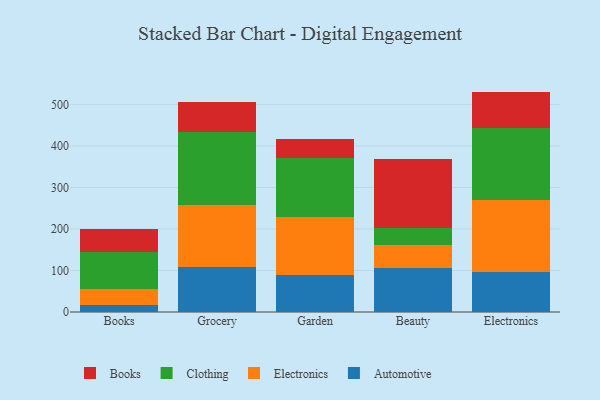
{"axis": {"x": "Category", "y": "Budget (USD K)"}, "legend": ["Automotive", "Books", "Clothing", "Electronics"], "data": [{"x": "Books", "y": 16.1, "type": "Automotive"}, {"x": "Books", "y": 38.5, "type": "Electronics"}, {"x": "Books", "y": 89.1, "type": "Clothing"}, {"x": "Books", "y": 56.2, "type": "Books"}, {"x": "Grocery", "y": 107.9, "type": "Automotive"}, {"x": "Grocery", "y": 148.7, "type": "Electronics"}, {"x": "Grocery", "y": 177.8, "type": "Clothing"}, {"x": "Grocery", "y": 70.6, "type": "Books"}, {"x": "Garden", "y": 89.5, "type": "Automotive"}, {"x": "Garden", "y": 138.4, "type": "Electronics"}, {"x": "Garden", "y": 143.1, "type": "Clothing"}, {"x": "Garden", "y": 45.4, "type": "Books"}, {"x": "Beauty", "y": 105.9, "type": "Automotive"}, {"x": "Beauty", "y": 54.6, "type": "Electronics"}, {"x": "Beauty", "y": 41.7, "type": "Clothing"}, {"x": "Beauty", "y": 166.8, "type": "Books"}, {"x": "Electronics", "y": 96.7, "type": "Automotive"}, {"x": "Electronics", "y": 172.0, "type": "Electronics"}, {"x": "Electronics", "y": 174.5, "type": "Clothing"}, {"x": "Electronics", "y": 87.7, "type": "Books"}]}